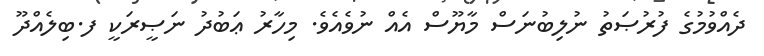
ދެއްވުމުގެ ފުރުޞަތު ނުލިބުނަސް މާޔޫސް އެއް ނުވެއެވެ. މިހާރު ޢަބުދު ނަޞީރަކީ ފ.ބިލެއްދޫ